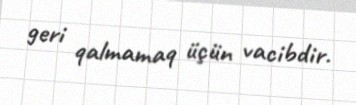
geri qalmamaq üçün vacibdir.